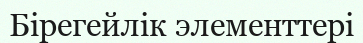
Бірегейлік элементтері